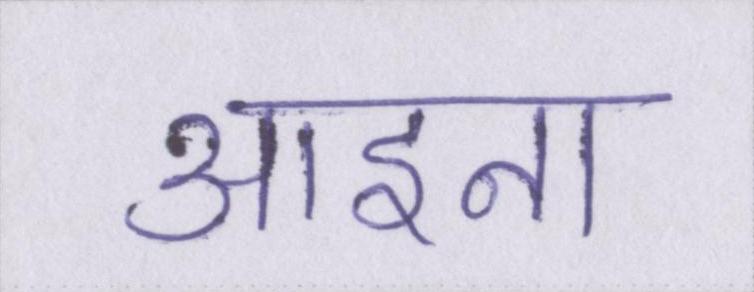
आइना